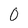
Character: 0